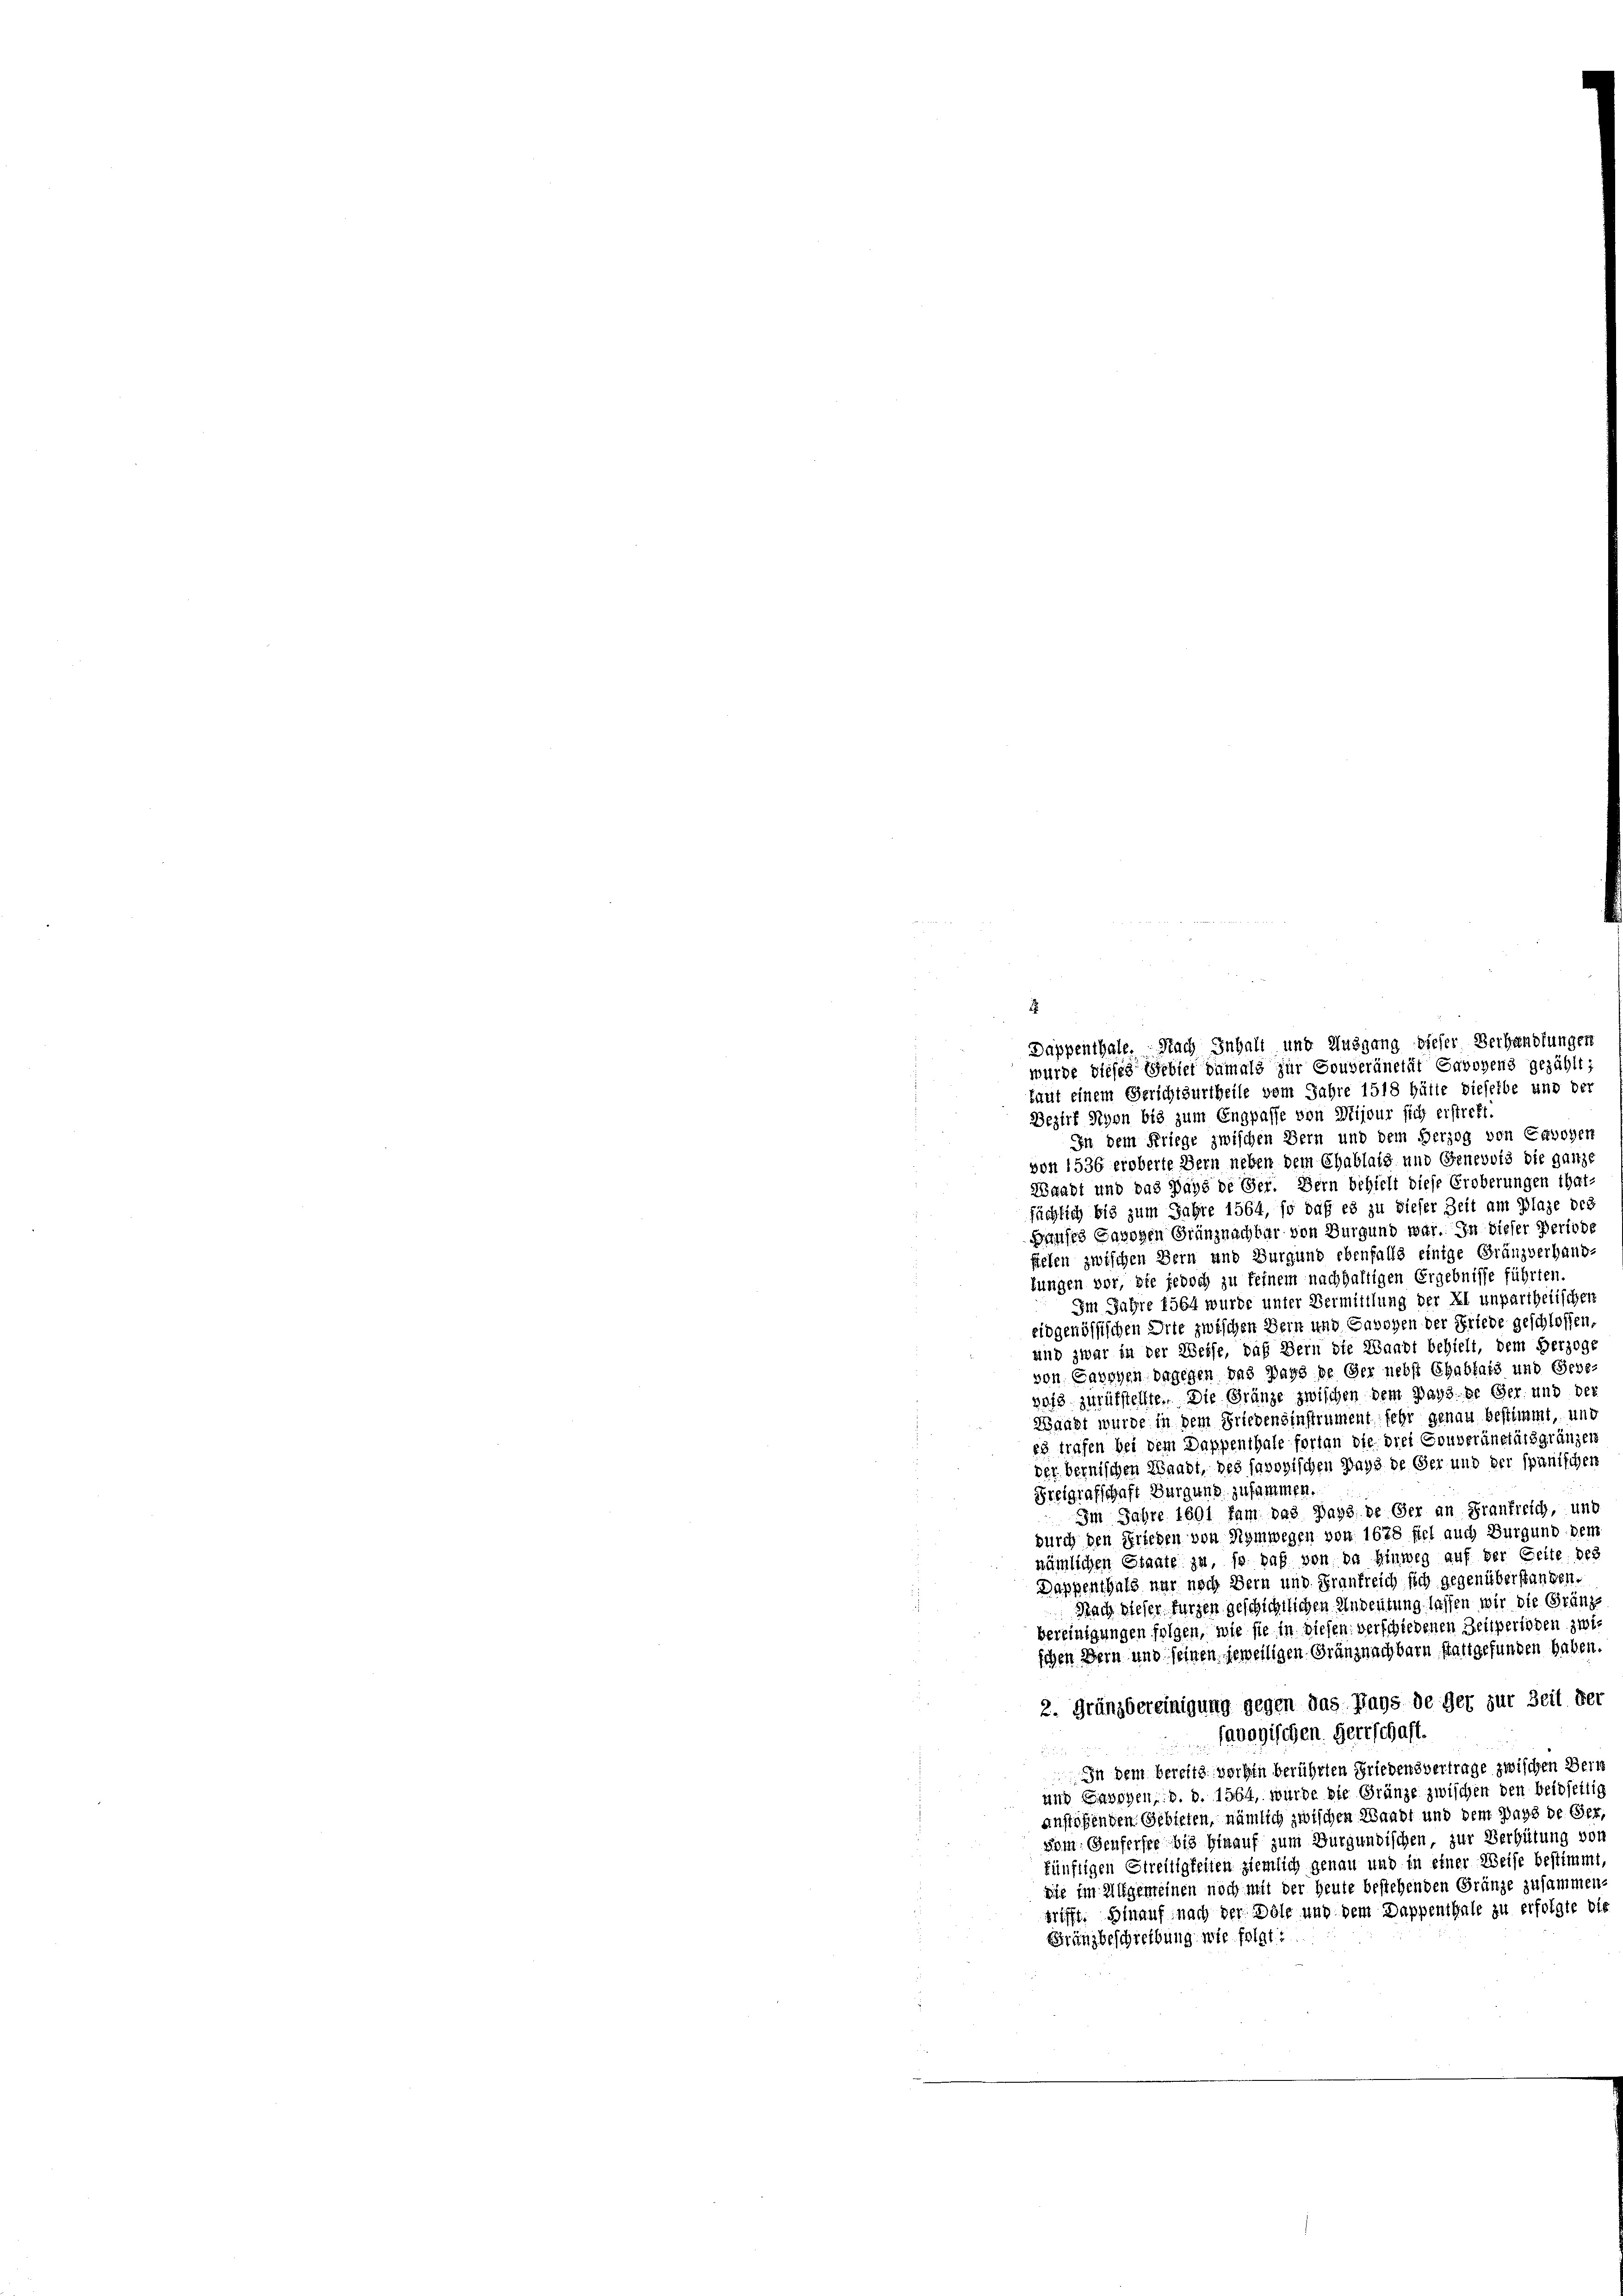
Dappenthale. Nach Inhalt und Ausgang dieser Verhandlungen
wurde dieses Gebiet damals zur Gouveränetät Savoyens gezählt;
laut einem Gerichtsurtheile vom Jahre 1518 hätte dieselbe und der
Bezirk Seyen bis zum Engpasse von Mijour sich erstreft.
In dem Kriege zwischen Bern und dem Herzog von Erwogen
von 1536 eroberte Bern neben dem Chablatz und Genevois die ganze
Waadt und das Haus de Ger. Bern behielt diese Eroberungen that-
sächlich bis zum Jahre 1564, so daß es zu dieser Zeit am Plage der
Hauses Savoyen Gränznachbar von Burgund war. In dieser Periode
fielen zwischen Bern und Burgung ebenfalls einige Gränzverhand-
lungen vor, sie jedoch zu feinem nachhaltigen Ergebnisse führten.
Im Jahre föbt wurde unter Vermittlung der Xl unpartheiischen
eidgenössischen Orte zwischen Bern und Gabogen der Friede geschlossen,
und zwar in der Weise, daß Bern die Waadt behielt, dem Herzoge
von Cavoyen dagegen das pays de Ger nebst Chabfals und Gebevais zurükstellte. Die Gränze zwischen dem pays de Ger. und der
Maugt wurde in dem Friedensinstrument sehr genau bestimmt, und
es trafen bei dem Dappenthale fortan die drei Couveränetätsgränzen
der bernischen Waadt, des savoyischen Pays de Ger und der spanischen
Freigrafschaft Burgung zusammen.
Im Jahre 1601 fam das Days de der an Frankreich, und
durch den Frieden von Hymwegen von 1678 ffel auch Burgund dem
nämlichen Staate zu, so paß von da Hinweg auf der Geite des
Dappenthals nur noch Bern und Frankreich sich gegenüberstanden.
Nach dieser Furgen geschichtlichen Andeutung lassen wir die Gränzbereinigungen folgen, wie sie in diesen verschiedenen Zeitperioden zwischen Bern und seinen jeweiligen Gränznachbarn stattgefunden haben.
2. Gränzbereinigung gegen das Pays de der zur Zeit der
Javogischen Herrschaft.

In dem bereits vorhin berührten Friedensvertrage zwischen Berne
und Labogen, b. d. lebt, wurde die Grünze zwischen den beidseitig
anstößenden Gebieten, nämlich zwischen Waadt und dem Pays de Ger,
Som Genferste bis hinauf zum Burgundischen, zur Verhütung von
künftigen Streitigkeiten ziemlich genau und in einer Weise bestimmt
sie im Allgemeinen noch mit der Heute bestehenden Gränze zusammen-
grifft. Hinauf nach der Dole und dem Dappenthale zu erfolgte bis
Gränzbeschreibung wie folgt: